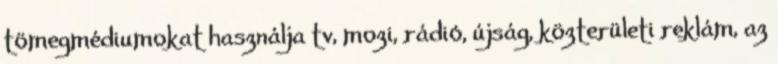
tömegmédiumokat használja tv, mozi, rádió, újság, közterületi reklám, az